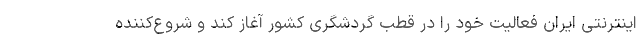
اینترنتی ایران فعالیت خود را در قطب گردشگری کشور آغاز کند و شروع‌کننده